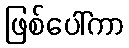
ဖြစ်ပေါ်ကာ